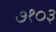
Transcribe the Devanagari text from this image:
७१०३